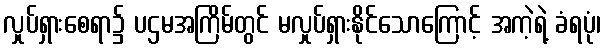
လှုပ်ရှားစေရာ၌ ပဌမအကြိမ်တွင် မလှုပ်ရှားနိုင်သောကြောင့် အကဲ့ရဲ့ ခံရပုံ၊